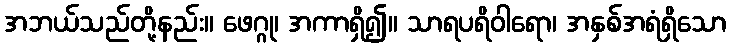
အဘယ်သည်တို့နည်း။ ဖေဂ္ဂု၊ အကာရှိ၍။ သာရပရိဝါရော၊ အနှစ်အရံရှိသော